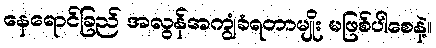
နေရောင်ခြည် အလွန်အကျွံခံရတာမျိုး မဖြစ်ပါစေနဲ့။